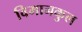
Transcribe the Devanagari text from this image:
विमानकुल